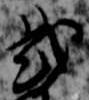
弐